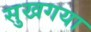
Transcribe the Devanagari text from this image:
सुखगया